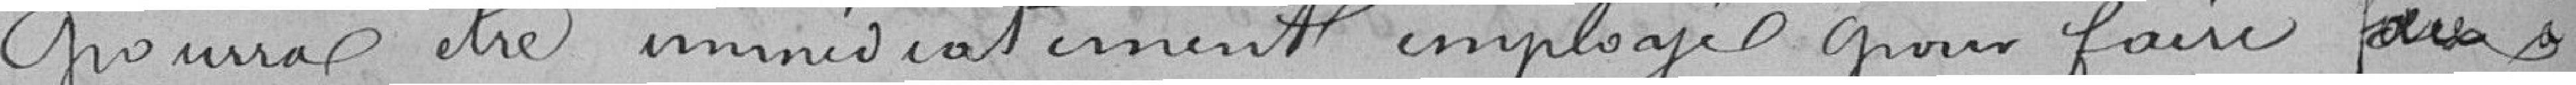
pourra être immédiatement employé pour faire les